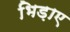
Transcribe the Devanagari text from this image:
भिड़ाए